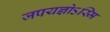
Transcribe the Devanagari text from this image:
जपयज्ञोऽस्मि